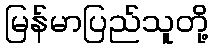
မြန်မာပြည်သူတို့